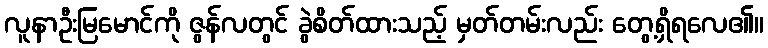
လူနာဦးမြမောင်ကို ဇွန်လတွင် ခွဲစိတ်ထားသည့် မှတ်တမ်းလည်း တွေ့ရှိရလေ၏။